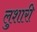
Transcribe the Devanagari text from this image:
लुशारी